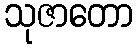
သုဇာတော